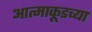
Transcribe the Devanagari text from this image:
आत्माकूडच्या